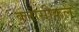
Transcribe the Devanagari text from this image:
क्लासीकल